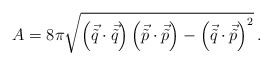
\begin{align*}A = 8\pi \sqrt{\left( \vec{\tilde{q}} \cdot \vec{\tilde{q}} \right) \left( \vec{\tilde{p}} \cdot \vec{\tilde{p}} \right) -\left(\vec{\tilde{q}} \cdot \vec{\tilde{p}} \right)^{2}}\, .\end{align*}